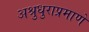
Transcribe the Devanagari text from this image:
अश्रुधुराप्रमाणे